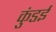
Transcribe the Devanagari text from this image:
कुंडई